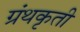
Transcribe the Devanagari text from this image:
ग्रंथकृती